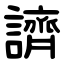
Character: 䜞